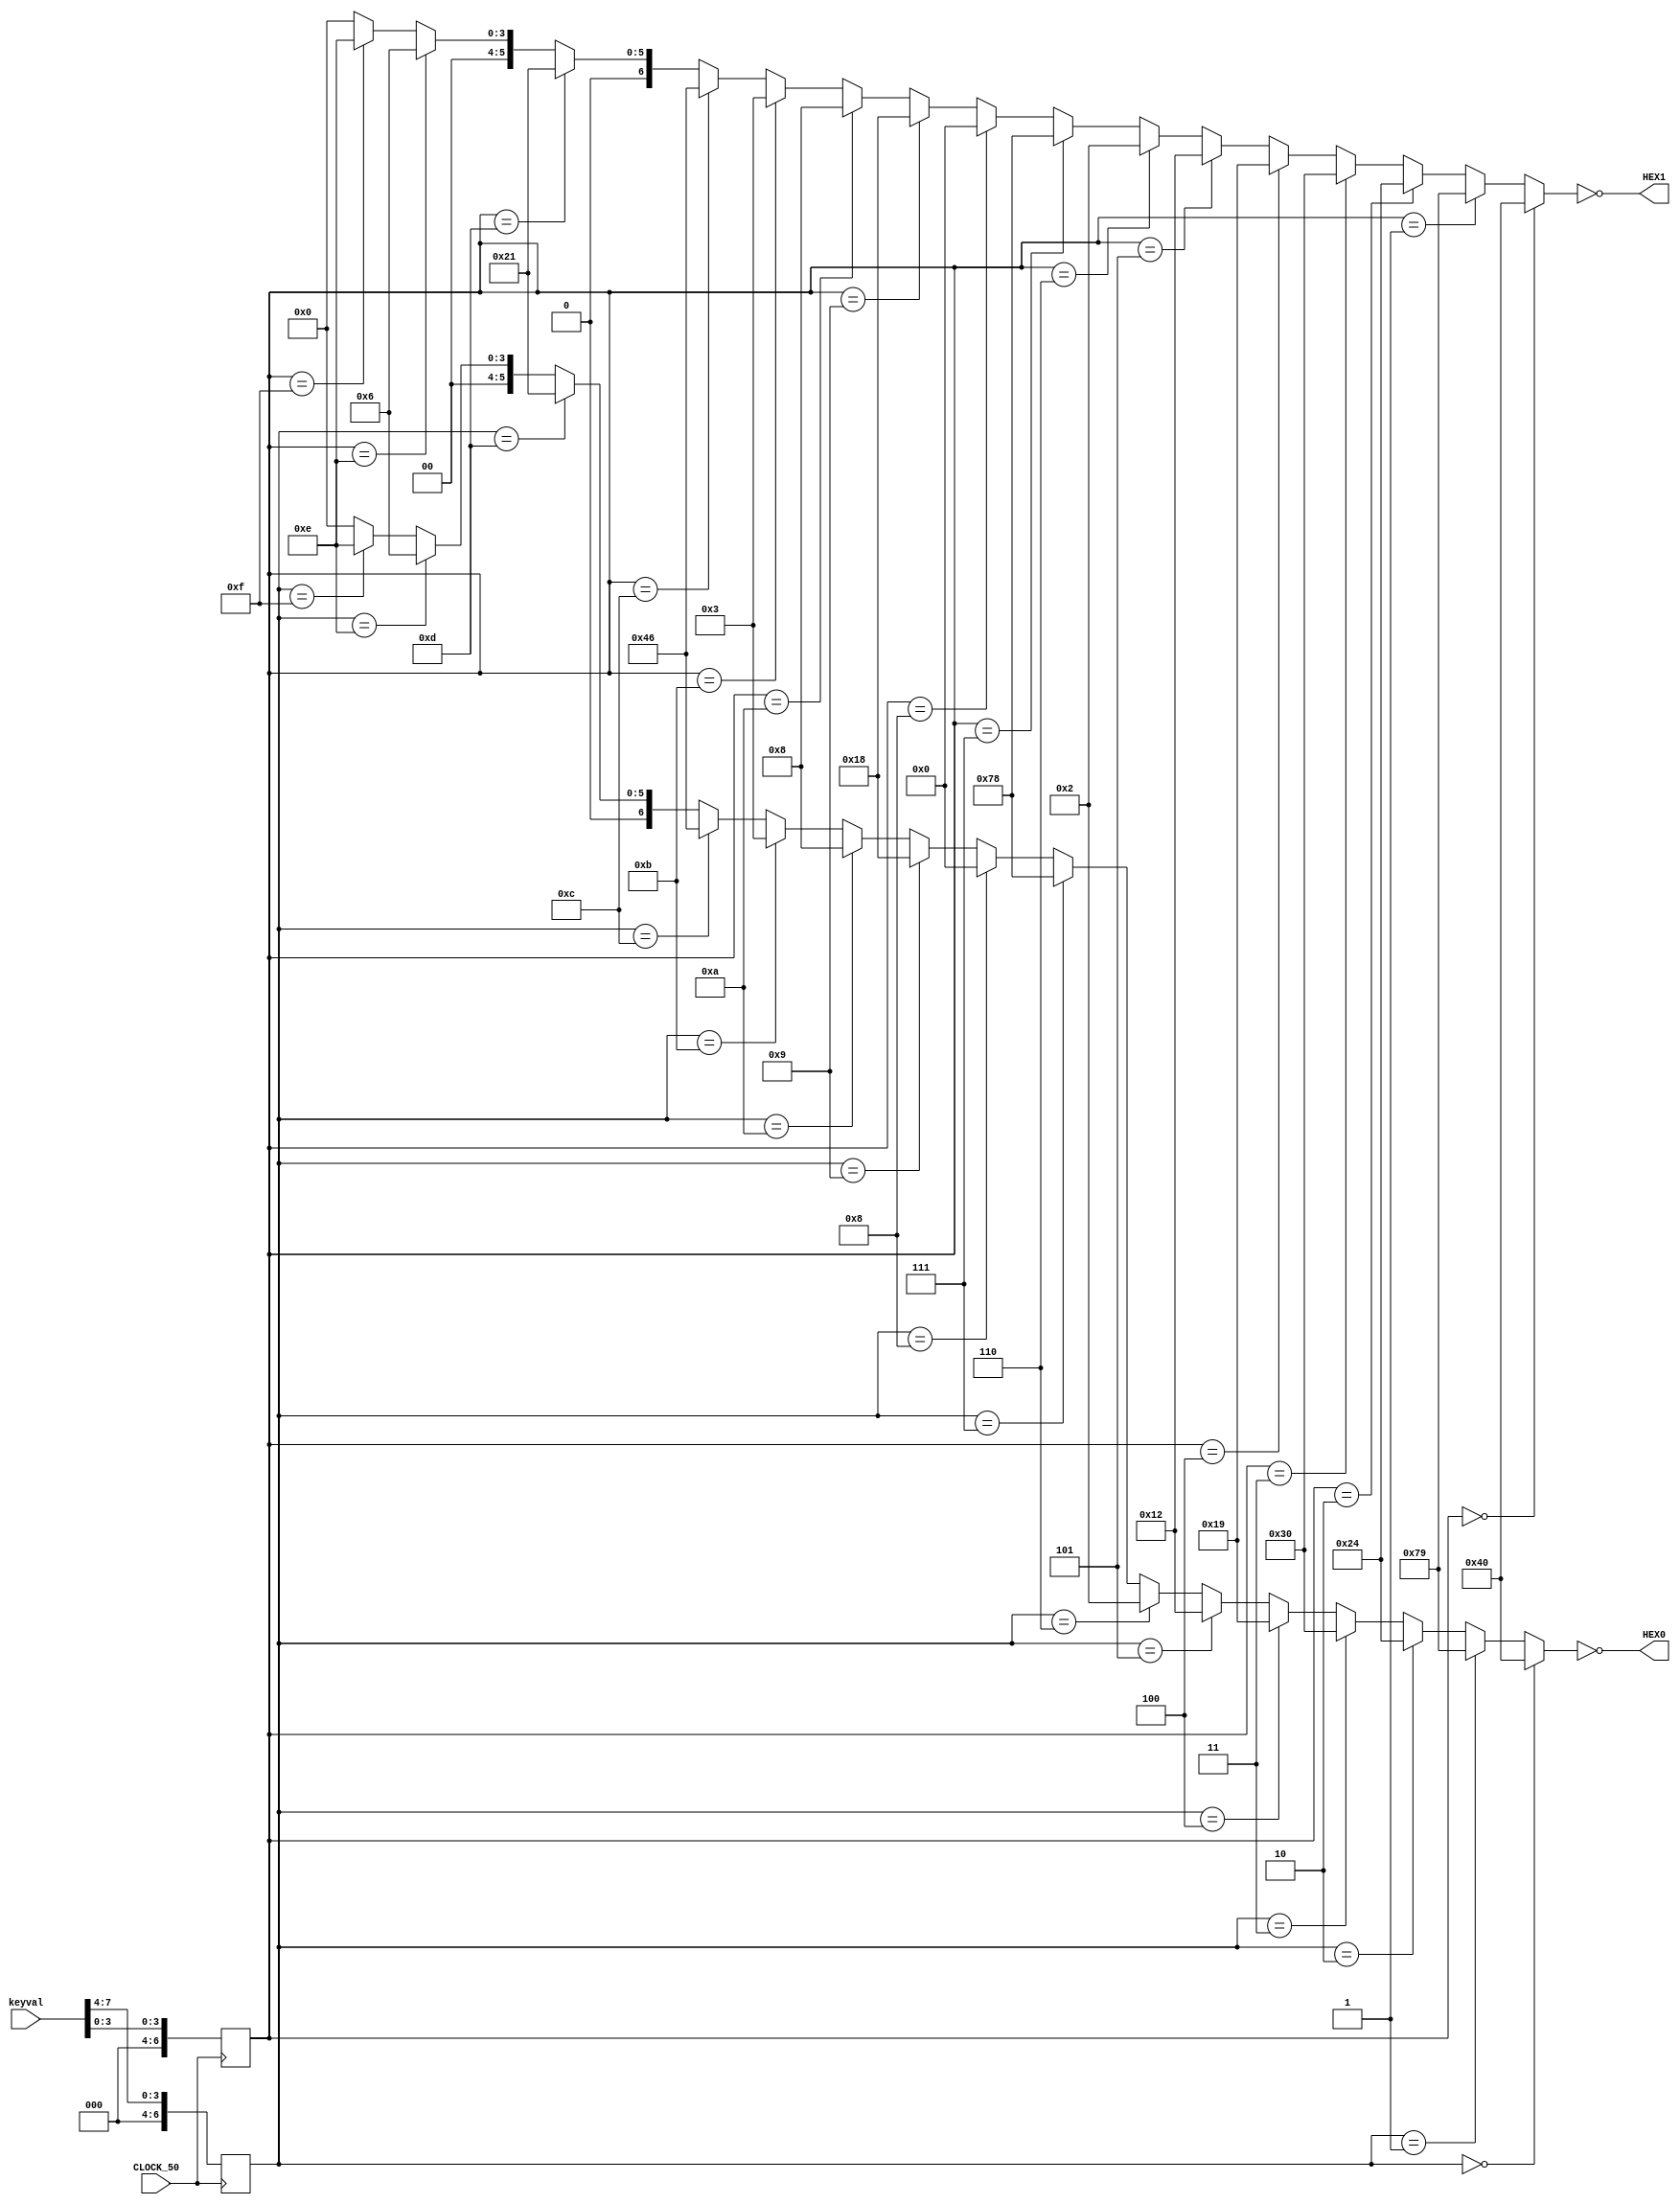
module HexDisplay(
    input CLOCK_50,
    input [7:0] keyval,
    output [6:0] HEX0,
    output [6:0] HEX1
);

    reg [6:0] hex_value0;
    reg [6:0] hex_value1;

    always @(posedge CLOCK_50) begin
        // Convert the middle 8 bits of the make code to HEX for HEX0
        hex_value0 = keyval[7:4];

        // Convert the least significant 4 bits of the make code to HEX for HEX1
        hex_value1 = keyval[3:0];
    end

    // HEX decoder for common cathode 7-segment display
    assign HEX0 = ~{
        (hex_value0 == 4'h0) ? 7'b1000000 :
        (hex_value0 == 4'h1) ? 7'b1111001 :
        (hex_value0 == 4'h2) ? 7'b0100100 :
        (hex_value0 == 4'h3) ? 7'b0110000 :
        (hex_value0 == 4'h4) ? 7'b0011001 :
        (hex_value0 == 4'h5) ? 7'b0010010 :
        (hex_value0 == 4'h6) ? 7'b0000010 :
        (hex_value0 == 4'h7) ? 7'b1111000 :
        (hex_value0 == 4'h8) ? 7'b0000000 :
        (hex_value0 == 4'h9) ? 7'b0011000 :
        (hex_value0 == 4'hA) ? 7'b0001000 :
        (hex_value0 == 4'hB) ? 7'b0000011 :
        (hex_value0 == 4'hC) ? 7'b1000110 :
        (hex_value0 == 4'hD) ? 7'b0100001 :
        (hex_value0 == 4'hE) ? 7'b0000110 :
        (hex_value0 == 4'hF) ? 7'b0001110 : 7'b0000000
    };

    assign HEX1 = ~{
        (hex_value1 == 4'h0) ? 7'b1000000 :
        (hex_value1 == 4'h1) ? 7'b1111001 :
        (hex_value1 == 4'h2) ? 7'b0100100 :
        (hex_value1 == 4'h3) ? 7'b0110000 :
        (hex_value1 == 4'h4) ? 7'b0011001 :
        (hex_value1 == 4'h5) ? 7'b0010010 :
        (hex_value1 == 4'h6) ? 7'b0000010 :
        (hex_value1 == 4'h7) ? 7'b1111000 :
        (hex_value1 == 4'h8) ? 7'b0000000 :
        (hex_value1 == 4'h9) ? 7'b0011000 :
        (hex_value1 == 4'hA) ? 7'b0001000 :
        (hex_value1 == 4'hB) ? 7'b0000011 :
        (hex_value1 == 4'hC) ? 7'b1000110 :
        (hex_value1 == 4'hD) ? 7'b0100001 :
        (hex_value1 == 4'hE) ? 7'b0000110 :
        (hex_value1 == 4'hF) ? 7'b0001110 : 7'b0000000
    };

endmodule